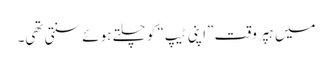
میں ہپر وقت ”اپنی ٹیپ“ کو چلتے ہوئے سنتی تھی۔